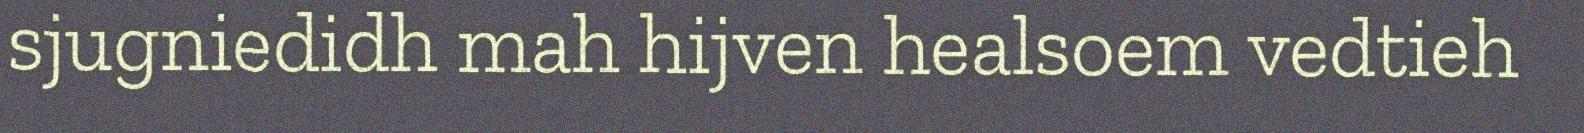
sjugniedidh mah hijven healsoem vedtieh